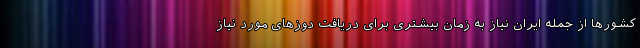
کشورها از جمله ایران نیاز به زمان بیشتری برای دریافت دوزهای مورد نیاز